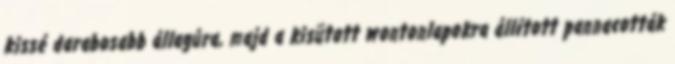
kissé darabosabb állagúra, majd a kisütott wontonlapokra állított pannacották